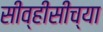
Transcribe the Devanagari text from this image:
सीव्हीसीच्या